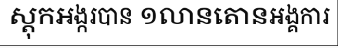
ស្តុកអង្ករបាន ១លានតោនអង្គការ